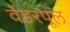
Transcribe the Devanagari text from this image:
वेंडरपूल